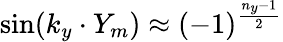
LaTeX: \sin(k_{y}\cdot Y_{m})\approx(-1)^{\frac{n_{y}-1}{2}}